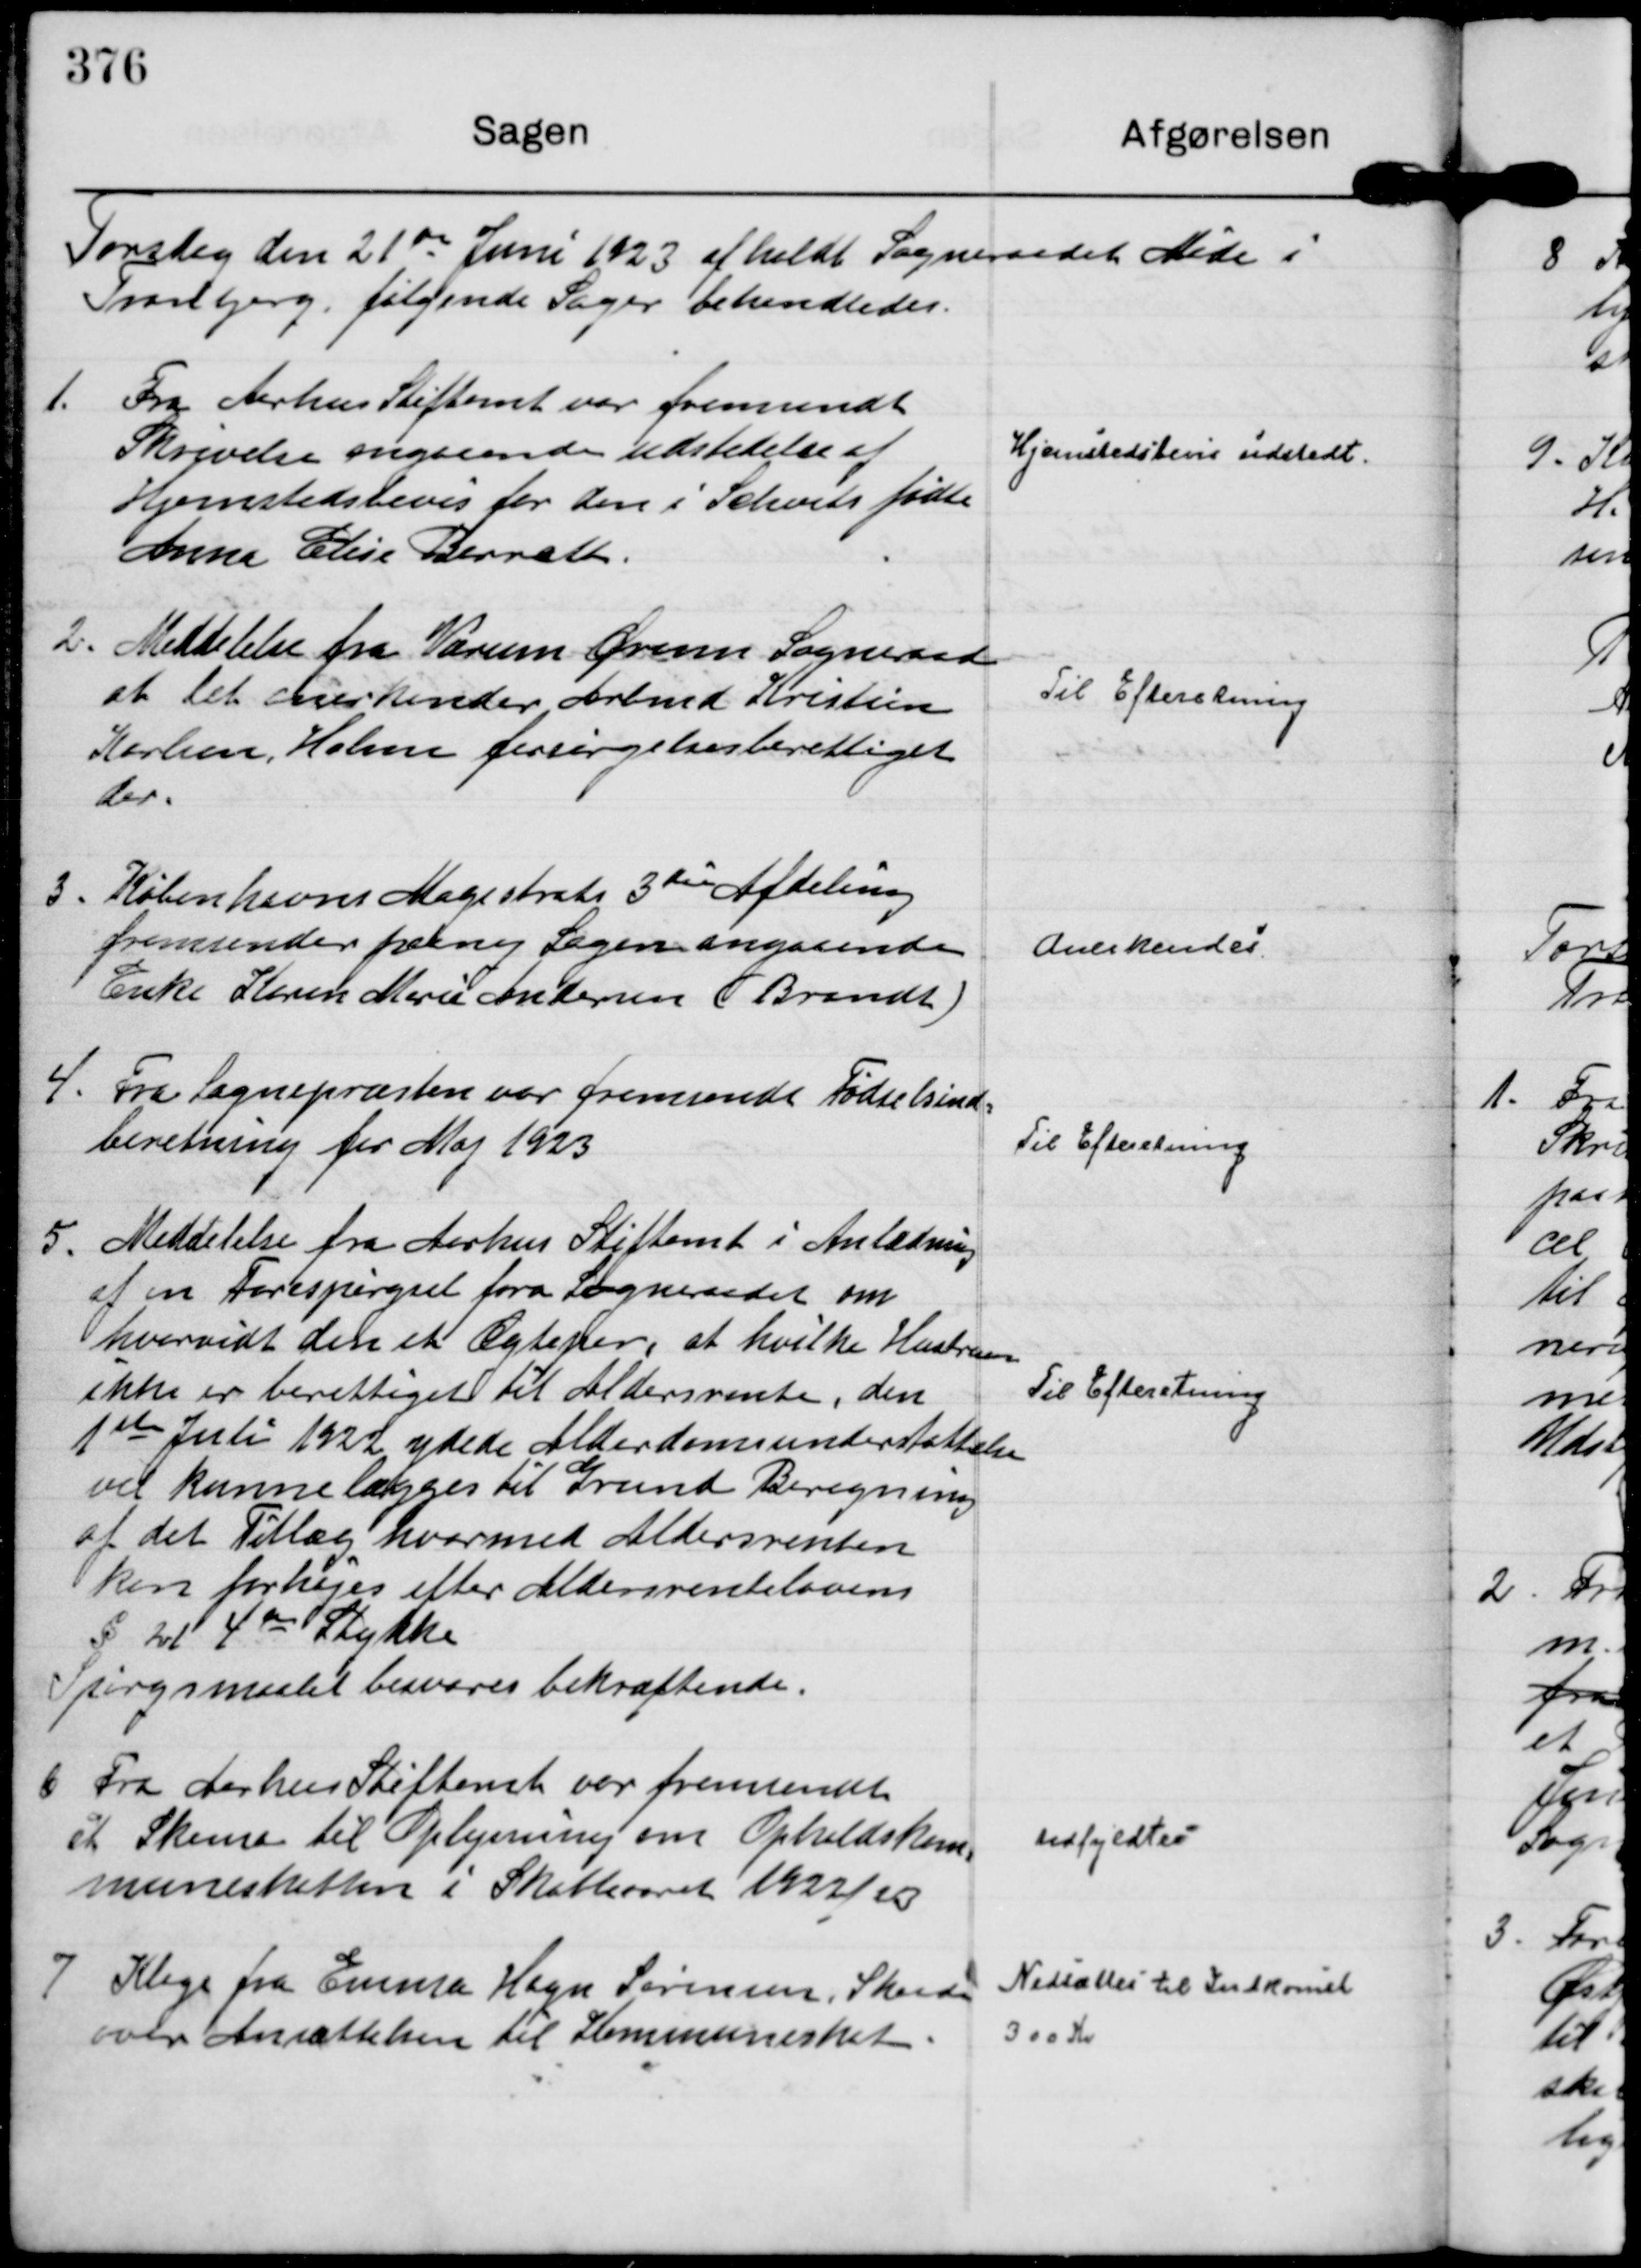
Transskription:
Torsdag den 21 de Juni 1923 afholdt Sogneraadet Møde i
Tranbjerg, følgende Sager behandledes.

1.
Fra Aarhus Stiftamt var fremsendt
Skrivelse angaaende udstedelse af
Hjemstedsbevis for den i Schvids fødte
Anna Elise Barreth.

Hjemstedsbevis udstedt.

2.
Meddelelse fra Værum Ørum Sogneraad
at det anerkender Arbmd Kristian
Karlsen, Holme forsørgelsesberettiget
der.

Til Efteretning

3.
Københavns Magistrats 3 die Afdeling
fremsender paany Sagen angaaende
Enke Karen Marie Andersen ( Brandt )

Anerkendes.

4.
Fra Sognepræsten var fremsendt Fødselsind=
beretning fra Maj 1923

Til Efteretning

5.
Meddelelse fra Aarhus Stiftamt i Anledning
af en Forespørgsel fra Sogneraadet om
hvorvidt den et Ægtepar, at hvilke Hustruen
ikke er berettiget til Aldersrente, den
1 ste Juli 1922 ydede Aldersdomsunderstøttelse
vil kunne lægges til Grund Beregning
af det Tillæg hvormed Aldersrenten
kan forhøjes efter Aldersrentelovens
§ Ivt 4 de Stykke
Spørgsmaalet besvares bekræftende.

Til Efteretning

6
Fra Aarhus Stiftamt var fremsendt
et Skema til Oplysning om Opholdskom=
muneskatten i Skatteaaret 1922/23

udfyldtes

7
Klage fra Emma Hagn Sørensen, Skaade
over Ansættelsen til Kommuneskat.

Nedsættes til Indkomst
300 Kr